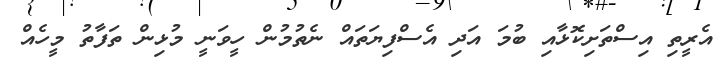
އެރީތި އިސްތަށިކޮޅާއި ބުމަ އަދި އެސްފިޔަތައް ނެތުމުން ހީވަނީ މުޅިން ތަފާތު މީހެއް